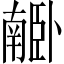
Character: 𦣰